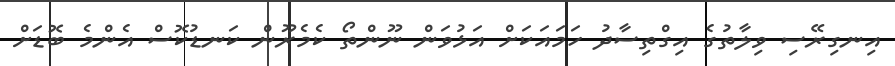
އިނގިރޭސި ވިލާތުގެ އިގްތިސާދު ހަމައަކަށް އަޅުވަން ނޫންތޯ ކެމެރޫން ކަނޑުކޮސް އެންމެ ބޮޑަށް